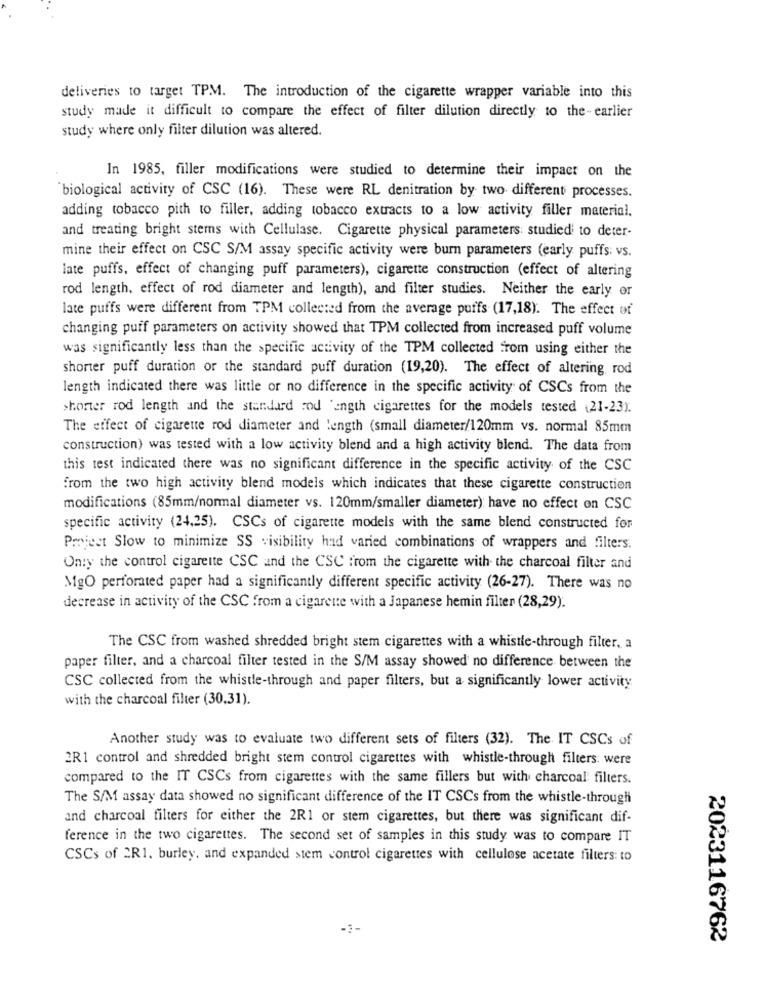
deliveries to target TPM. The introduction of the cigarette wrapper variable into this
study made it difficult to compare the effect of filter dilution directly to the- earlier
study where only filter dilution was altered.
In 1985, filler modifications were studied to determine their impact on the
biological activity of CSC (16). These were RL denitration by two different processes.
adding tobacco pith to filler, adding tobacco extracts to a low activity filler material.
and treating bright stems with Cellulase. Cigarette physical parameters: studied to deter-
mine their effect on CSC S/M assay specific activity were burn parameters (early puffs: vs.
late puffs, effect of changing puff parameters), cigarette construction (effect of altering
rod length, effect of rod diameter and length), and filter studies. Neither the early or
late puffs were different from TPM collected from the average puffs (17,18). The effect of
changing puff parameters on activity showed that TPM collected from increased puff volume
was significantly less than the specific activity of the TPM collected from using either the
shorter puff duration or the standard puff duration (19,20). The effect of altering rod
length indicated there was little or no difference in the specific activity of CSCs from the
shorter rod length and the standard and ength cigarettes for the models tested (21-23).
The effect of cigarette rod diameter and length (small diameter/120mm vs. normal 85mm
construction) was tested with a low activity blend and a high activity blend. The data from
this test indicated there was no significant difference in the specific activity of the CSC
from the two high activity blend models which indicates that these cigarette construction
modifications (85mm/normal diameter vs. 120mm/smaller diameter) have no effect on CSC
specific activity (24,25). CSCs of cigarette models with the same blend constructed for
Project Slow to minimize SS visibility had varied combinations of wrappers and filters.
Only the control cigarette CSC and the CSC from the cigarette with the charcoal filter and
MgO perforated paper had a significantly different specific activity (26-27). There was no
decrease in activity of the CSC from a cigarette with a Japanese hemin filter (28,29).
The CSC from washed shredded bright stem cigarettes with a whistle-through filter, a
paper filter, and a charcoal filter tested in the S/M assay showed no difference between the
CSC collected from the whistle-through and paper filters, but a significantly lower activity
with the charcoal filter (30.31).
Another study was to evaluate two different sets of filters (32). The IT CSCs of
2R1 control and shredded bright stem control cigarettes with whistle-through filters: were
compared to the IT CSCs from cigarettes with the same fillers but with charcoal filters.
The S/M assay data showed no significant difference of the IT CSCs from the whistle-through
and charcoal filters for either the 2R1 or stem cigarettes, but there was significant dif-
ference in the two cigarettes. The second set of samples in this study was to compare IT
CSCs of 2R1. burley, and expanded stem control cigarettes with cellulose acetate filters: to
2023116762